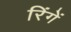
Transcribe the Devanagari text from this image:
रिंगें